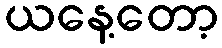
ယနေ့တော့